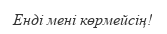
Енді мені көрмейсің!